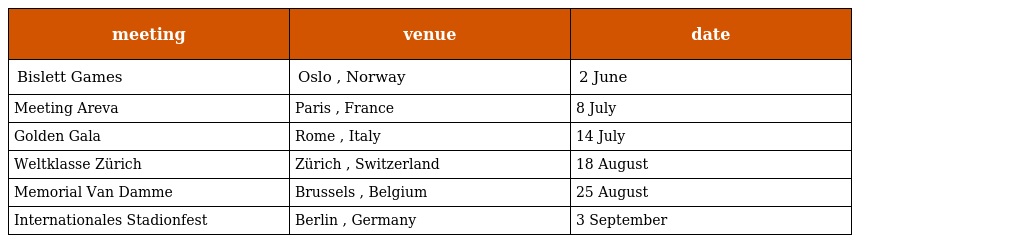
| meeting | venue | date |
 | --- | --- | --- |
 | Bislett Games | Oslo , Norway | 2 June |
 | Meeting Areva | Paris , France | 8 July |
 | Golden Gala | Rome , Italy | 14 July |
 | Weltklasse Zürich | Zürich , Switzerland | 18 August |
 | Memorial Van Damme | Brussels , Belgium | 25 August |
 | Internationales Stadionfest | Berlin , Germany | 3 September |